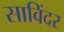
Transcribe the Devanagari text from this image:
साविंदर